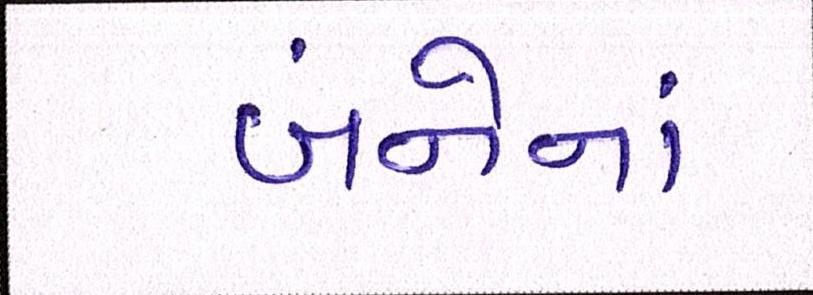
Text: બંનેનાં